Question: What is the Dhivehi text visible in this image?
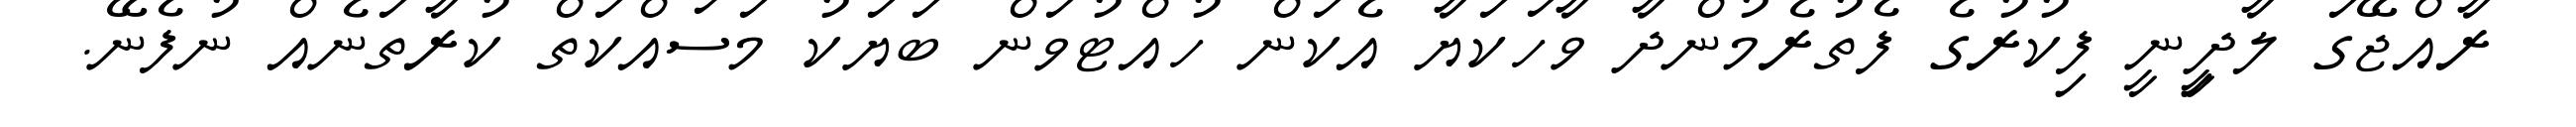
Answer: ރާއްޖޭގަ ލާދިީނީ ފިކުރުގެ ފެތުރެމުންދާ ވާހަކަޔާ އެކަން ހުއްޓުވަން ބަޔަކު މަސައްކަތް ކުރާތަނެއް ނުފެނޭ.